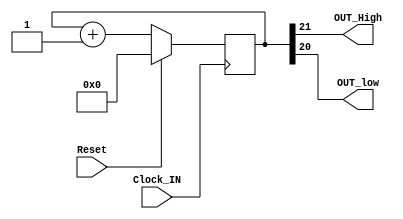
module BlinkLEDs1 (
    Clock_IN, Reset, OUT_High, OUT_low
);

input Clock_IN, Reset;
output OUT_High, OUT_low;

// A counter is just a code loop that adds one to itself each time through the loop.
// Since Verilog is a hardware description language, we need to code up some of the basic hardware
// building clocks of a circuit - in the case of a counter - registers and wires.

// A 32-bit counter needs to be realized in hardware by 32 storage elements called register.
reg [31:0] blink_count;

// Declare the wires that connect from the module port to the counter.
wire clk_in, reset_in;

// Hook elements together.
assign clk_in = Clock_IN;
assign reset_in = Reset;
assign OUT_High = blink_count[21];
assign OUT_low = blink_count[20];

// Declaring that we want all state changes to always happen on the 
// rising edge of the input clock.
always @(posedge clk_in) begin
    if (reset_in) begin
        blink_count <= 32'b0;
    end else begin
        blink_count <= blink_count + 1;
    end
end
    
endmodule